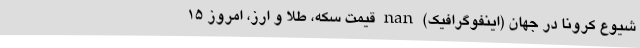
شیوع کرونا در جهان (اینفوگرافیک) nan قیمت سکه، طلا و ارز، امروز 15